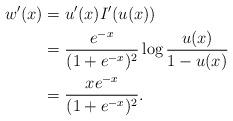
LaTeX: \begin{align*}w'(x) &= u'(x)I'(u(x)) \\&= \frac{e^{-x}}{(1+e^{-x})^2}\log \frac{u(x)}{1-u(x)}\\&= \frac{xe^{-x}}{(1+e^{-x})^2}. \end{align*}